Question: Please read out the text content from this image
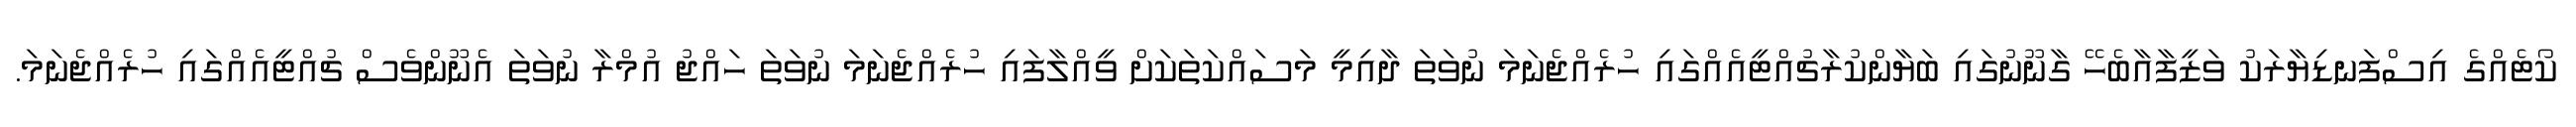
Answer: ކޯޓެއްގެ އިސްފަނޑިޔާރަކު ވަޒީފާއާބެހޭ ގާނޫނުގައި ބަޔާންކުރާޗުއްޓީއެއްގައި ހުރެއްޖެނަމަ ނުވަތަ ދާއިމީ މަސައްކަތަކަށް ވީއްލާފައި ހުރެއްޖެނަމަ ނުވަތަ ހައްޖު އުމްރާ ނުވަތަ އެނޫންވެސް ޗުއްޓީއެއްގައި ހުރެއްޖެނަމަ.